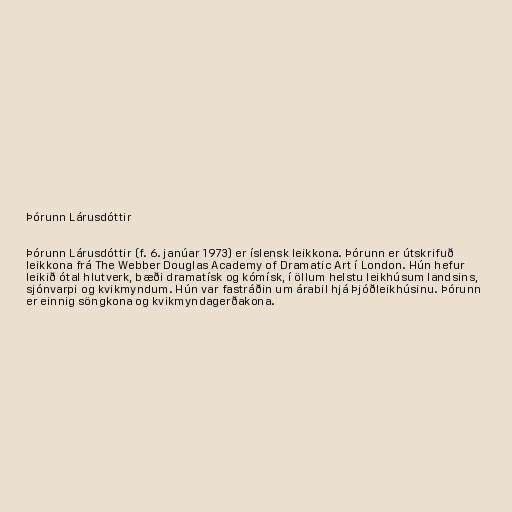
Þórunn Lárusdóttir

Þórunn Lárusdóttir (f. 6. janúar 1973) er íslensk leikkona. Þórunn er útskrifuð
leikkona frá The Webber Douglas Academy of Dramatic Art í London. Hún hefur
leikið ótal hlutverk, bæði dramatísk og kómísk, í öllum helstu leikhúsum landsins,
sjónvarpi og kvikmyndum. Hún var fastráðin um árabil hjá Þjóðleikhúsinu. Þórunn
er einnig söngkona og kvikmyndagerðakona.